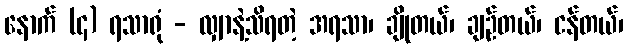
နောက် (၄) ရသာရုံ - လျှာနဲ့သိရတဲ့ အရသာ၊ ချိုတယ်၊ ချဉ်တယ်၊ ငန်တယ်၊